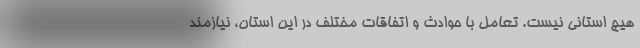
هیچ استانی نیست. تعامل با حوادث و اتفاقات مختلف در این استان، نیازمند